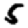
Digit: 5